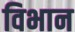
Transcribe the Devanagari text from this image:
विभान